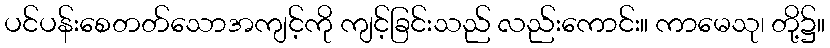
ပင်ပန်းစေတတ်သောအကျင့်ကို ကျင့်ခြင်းသည် လည်းကောင်း။ ကာမေသု၊ တို့၌။